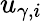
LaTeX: u_{\gamma,i}